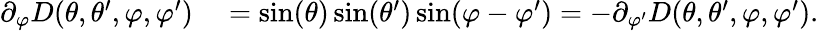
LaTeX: \begin{array}{rl}{\partial_{\varphi}D(\theta,\theta^{\prime},\varphi,\varphi^{\prime})}&{{}=\sin(\theta)\sin(\theta^{\prime})\sin(\varphi-\varphi^{\prime})=-\partial_{\varphi^{\prime}}D(\theta,\theta^{\prime},\varphi,\varphi^{\prime}).}\end{array}